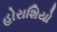
હોરાશિયો